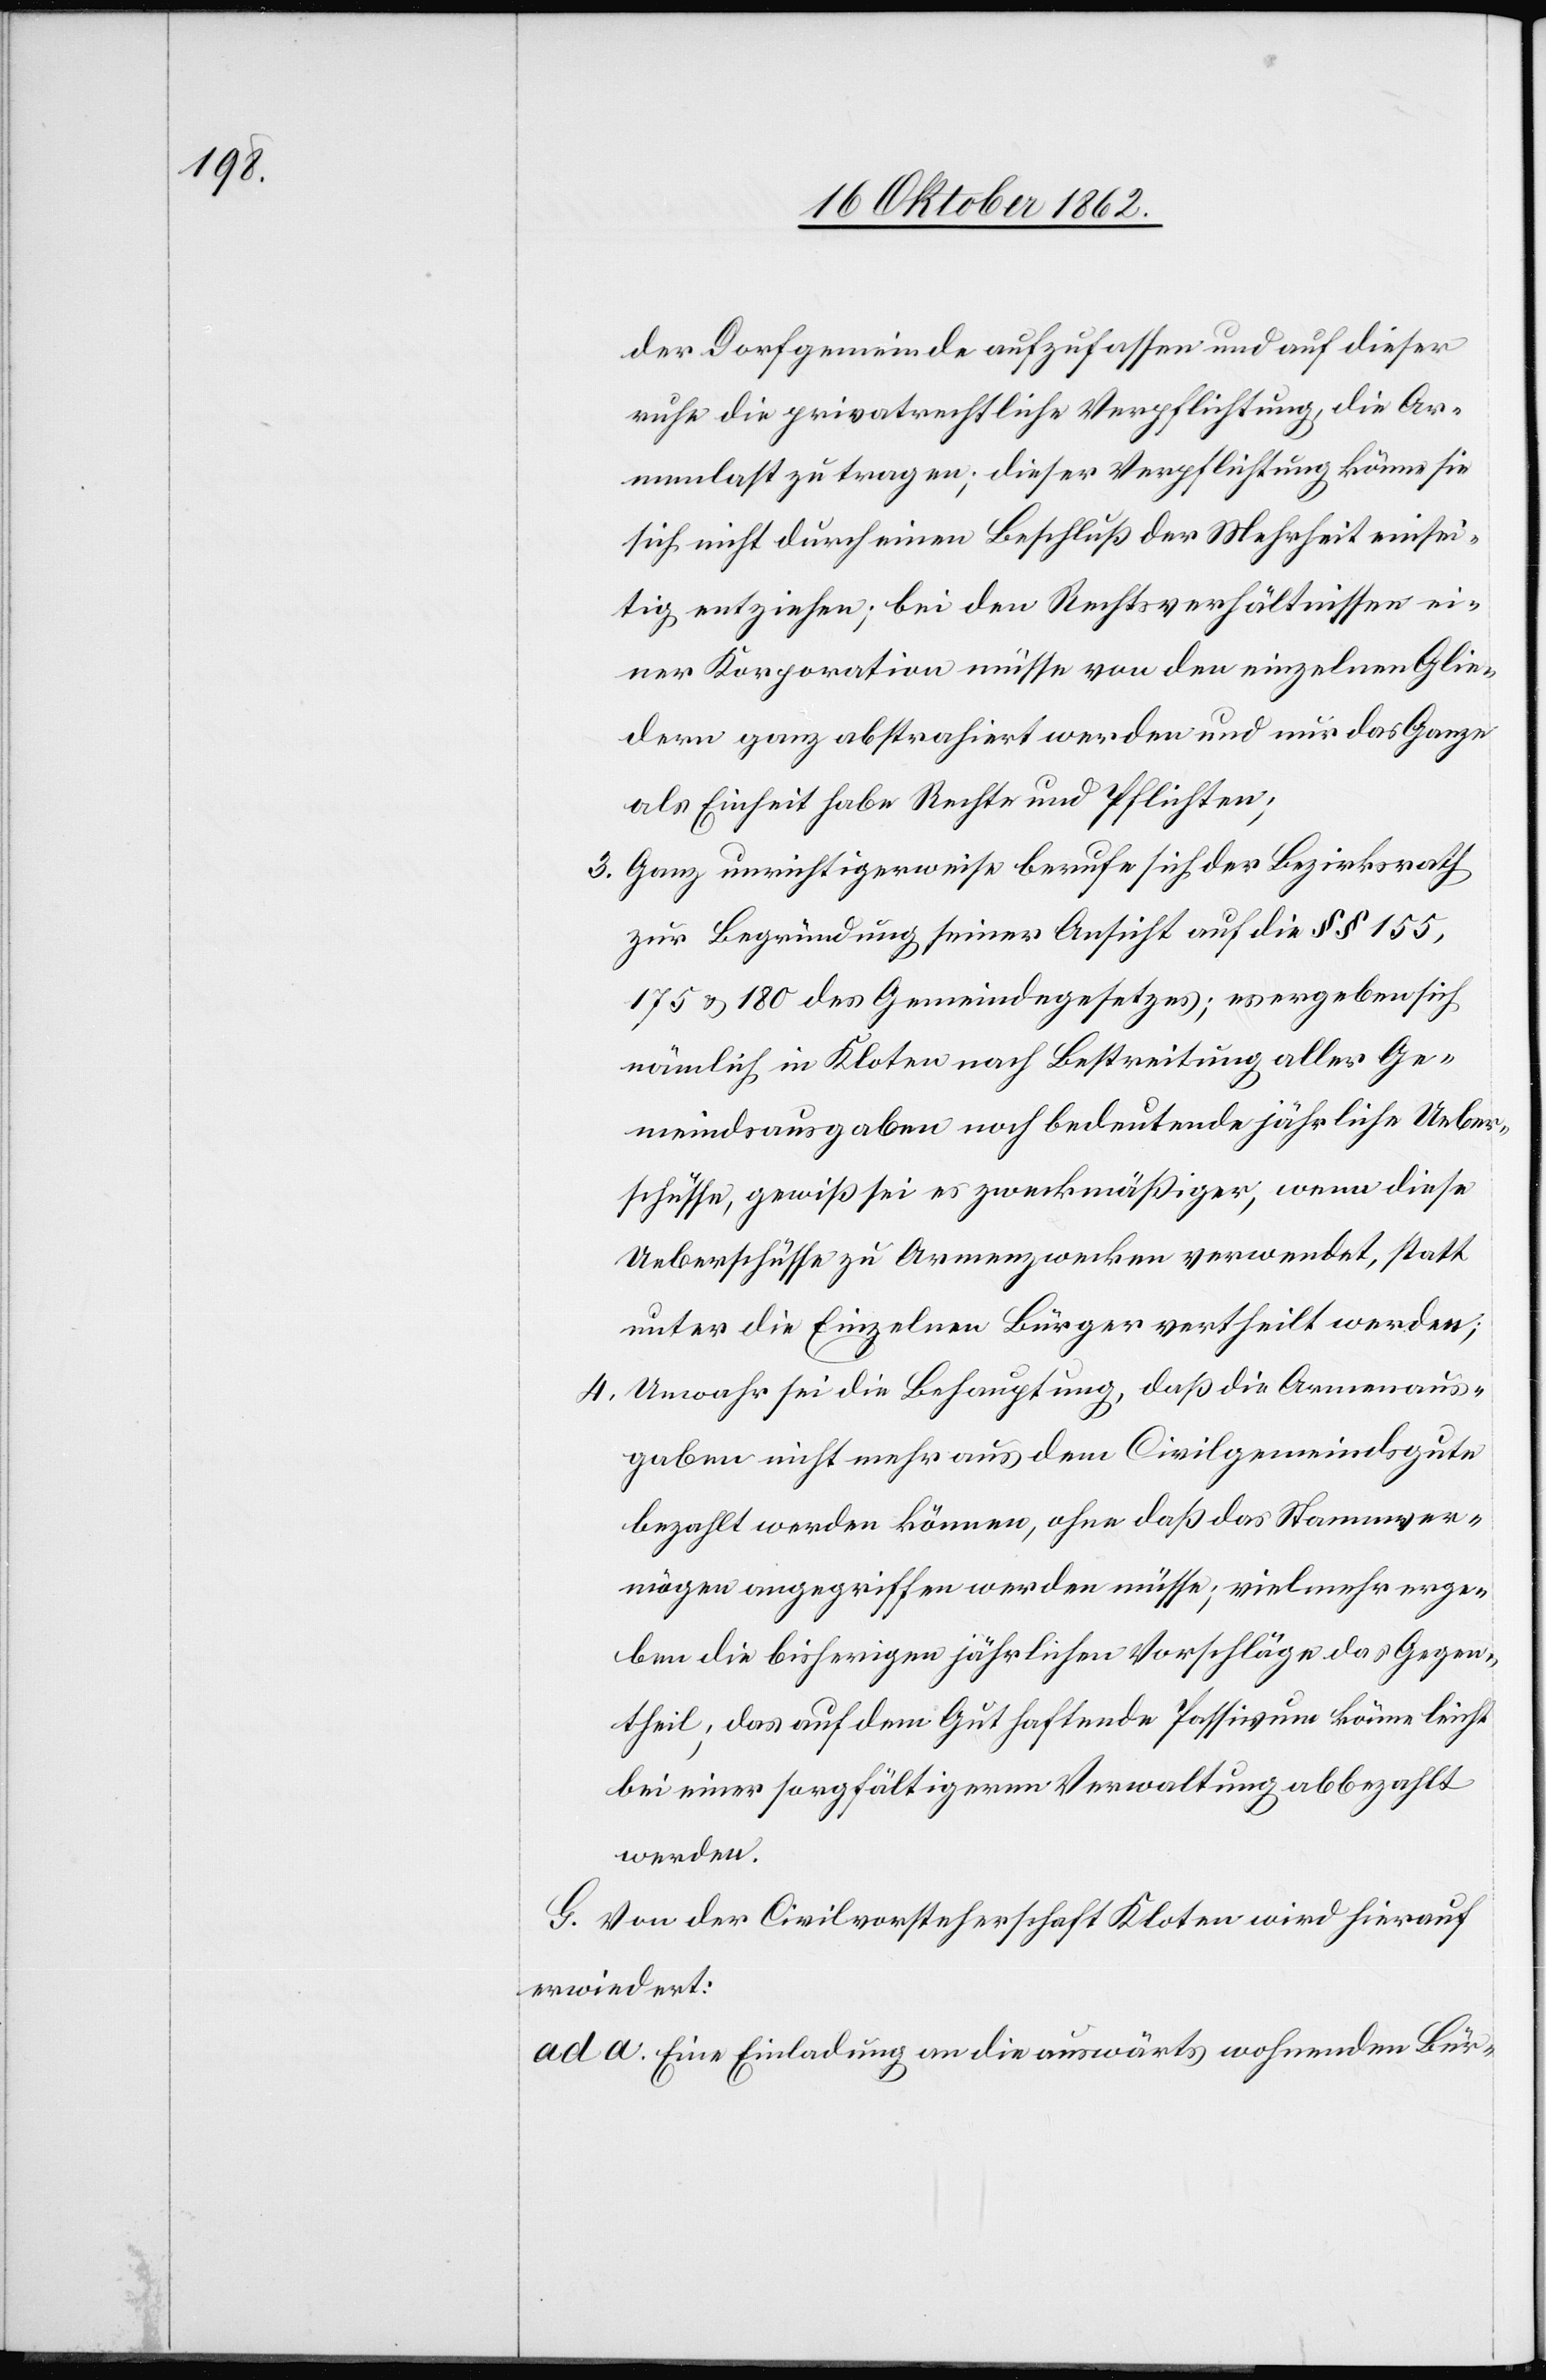
der Dorfgemeinde aufzufassen und auf dieser
ruhe die privatrechtliche Verpflichtung, die Ar¬
menlast zu tragen; dieser Verpflichtung könne sie
sich nicht durch einen Beschluß der Mehrheit einsei¬
tig entziehen; bei den Rechtsverhältnissen ei¬
ner Korporation müsse von den einzelnen Glie¬
dern ganz abstrahiert werden und nur das Ganze
als Einheit habe Rechte und Pflichten;
3. Ganz unrichtigerweise berufe sich der Bezirksrath
zur Begründung seiner Ansicht auf die §§ 155,
175 u. 180 des Gemeindegesetzes; es ergeben sich
nämlich in Kloten nach Bestreitung aller Ge¬
meindsausgaben noch bedeutende jährliche Ueber¬
schüsse, gewiß sei es zweckmäßiger, wenn diese
Ueberschüsse zu Armenzwecken verwendet, statt
unter die Einzelnen Bürger vertheilt werden;
4. Unwahr sei die Behauptung, daß die Armenaus¬
gaben nicht mehr aus dem Civilgemeindsgute
bezahlt werden können, ohne daß das Stammver¬
mögen angegriffen werden müsse, vielmehr erge¬
ben die bisherigen jährlichen Vorschläge das Gegen¬
theil, das auf dem Gut haftende Passivum können leicht
bei einer sorgfältigeren Verwaltung abbezahlt
werden.
G. Von der Civilvorsteherschaft Kloten wird hierauf
erwiedert:
ad a. Eine Einladung an die auswärts wohnenden Bür-